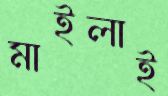
মাইলাই